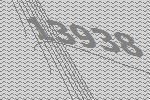
13938